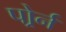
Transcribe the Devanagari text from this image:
पोर्र्न